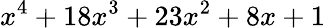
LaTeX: x^{4}+18x^{3}+23x^{2}+8x+1